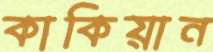
কাকিয়ান